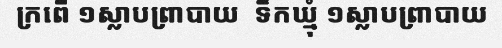
ក្រពើ ១ស្លាបព្រាបាយ  ទឹកឃ្មុំ ១ស្លាបព្រាបាយ